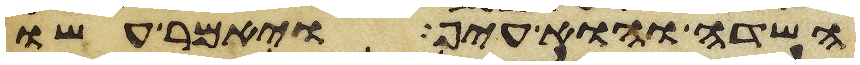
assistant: השדה והוא עיף ויאמר עשו